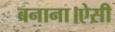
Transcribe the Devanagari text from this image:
बनाना।ऐसी